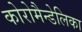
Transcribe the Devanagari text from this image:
कोरोमैन्डेलिका